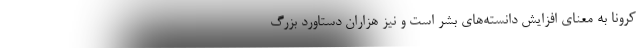
کرونا به معنای افزایش دانسته‌های بشر است و نیز هزاران دستاورد بزرگ